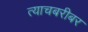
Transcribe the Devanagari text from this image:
त्याचबरीबर